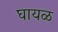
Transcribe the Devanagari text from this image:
घायळ